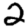
Digit: 2